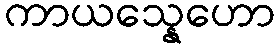
ကာယသ္နေဟော